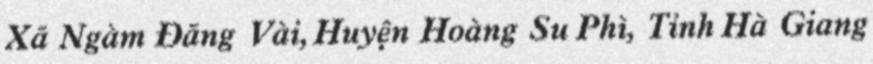
Xã Ngàm Đăng Vài, Huyện Hoàng Su Phì, Tỉnh Hà Giang